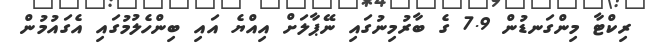
ރިކްޓާ މިންގަނޑުން 7.9 ގެ ބާރުމިނުގައި ނޭޕާލަށް އިއްޔެ އައި ބިންހެލުމުގައި އެގައުމުން